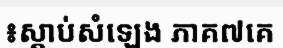
៖ស្តាប់សំឡេង ភាគ៧គេ